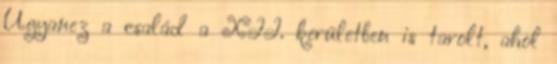
Ugyanez a család a XII. kerületben is tarolt, ahol